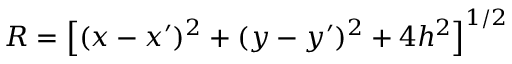
R = \left[ ( x - x ^ { \prime } ) ^ { 2 } + ( y - y ^ { \prime } ) ^ { 2 } + 4 h ^ { 2 } \right] ^ { 1 / 2 }